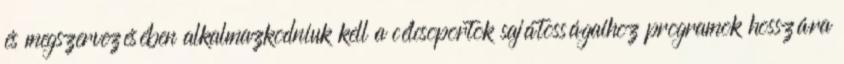
és megszervezésében alkalmazkodniuk kell a célcsoportok sajátosságaihoz programok hosszára